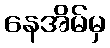
နေအိမ်မှ